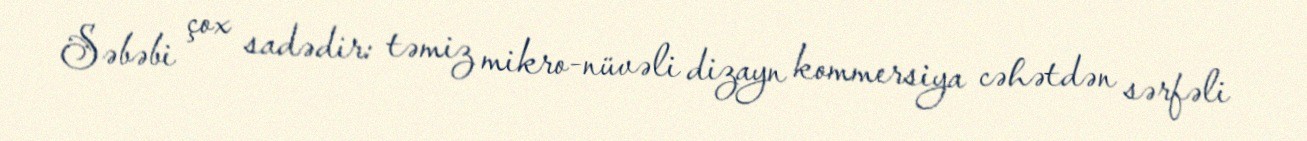
Səbəbi çox sadədir: təmiz mikro-nüvəli dizayn kommersiya cəhətdən sərfəli